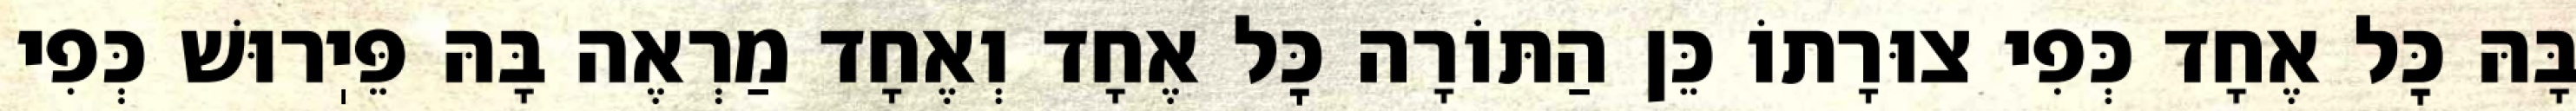
בָּהּ כׇּל אֶחָד כְּפִי צוּרָתוֹ כֵּן הַתּוֹרָה כׇּל אֶחָד וְאֶחָד מַרְאֶה בָּהּ פֵּיֽרוּשׁ כְּפִי